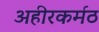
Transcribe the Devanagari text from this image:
अहीरकर्मठ